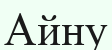
Айну